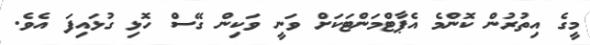
މީގެ އިތުރުން ކޮންމެ އެޕާޓްމަންޓަކަށް ވަނީ ވަކިން ގޭސް ހޮޅި ގުޅައިފަ އެވެ.